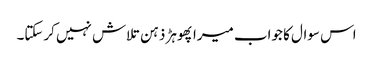
اس سوال کا جواب میرا پھوہڑ ذہن تلاش نہیں کرسکتا۔